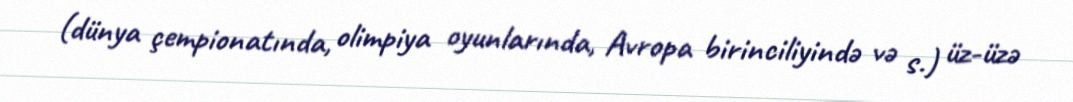
(dünya çempionatında, olimpiya oyunlarında, Avropa birinciliyində və s.) üz-üzə